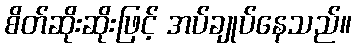
စိတ်ဆိုးဆိုးဖြင့် အပ်ချုပ်နေသည်။